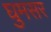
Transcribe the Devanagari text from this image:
घुमसर